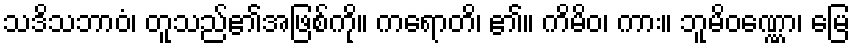
သဒိသဘာဝံ၊ တူသည်၏အဖြစ်ကို။ ကရောတိ၊ ၏။ ကိမိဝ၊ ကား။ ဘူမိဝဏ္ဏော၊ မြေ